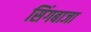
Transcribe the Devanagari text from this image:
सिंगबाजा